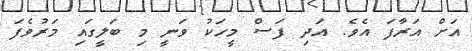
އަށް އަރާފަ އެވެ. އަދި ފަސް މީހަކު ވަނީ މި ބަލީގައި މަރުވެފަ